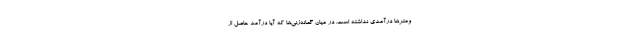
ومترها درآمدی نداشته است. در میان گمانه‌زنی‌ها که آیا درآمد حاصل از